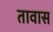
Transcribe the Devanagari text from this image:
तावास